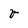
Character: v